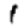
Digit: 1